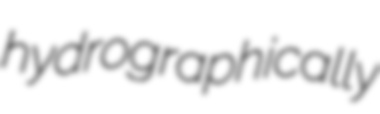
hydrographically